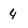
Character: 4